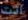
انت